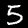
Label: 5